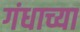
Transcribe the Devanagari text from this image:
गंधाच्या